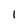
Character: 1